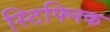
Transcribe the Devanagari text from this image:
स्टिफ्निक